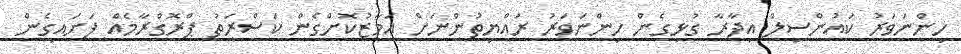
ހިންނަވަރު ކައުންސިލް އިދާރާ ގުޅިގެން ހިންނަވަރު ރައްޔިތުންނަށް އަމާޒުކޮށްގެން ކަސްރަތު ޕްރޮގްރާމެއް ފަށައިގެން